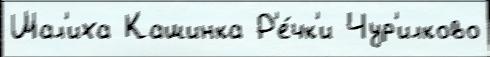
Шал'иха Кашинка Р'е́чк'и Чур'илково